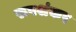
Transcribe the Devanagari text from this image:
रूपशंकर